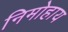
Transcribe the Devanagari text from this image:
निमोहाय